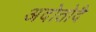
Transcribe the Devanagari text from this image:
अदोतोदै